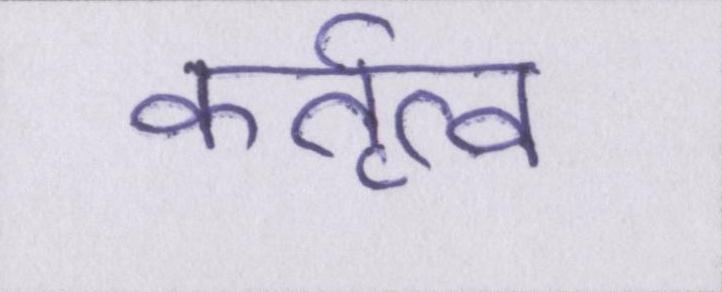
कर्तृत्व